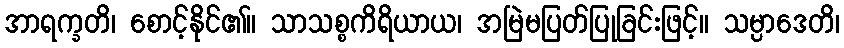
အာရက္ခတိ၊ စောင့်နိုင်၏။ သာသစ္စကိရိယာယ၊ အမြဲမပြတ်ပြုခြင်းဖြင့်။ သမ္ပာဒေတိ၊